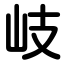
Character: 岐